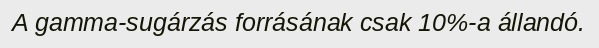
A gamma-sugárzás forrásának csak 10%-a állandó.